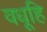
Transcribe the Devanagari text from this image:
वधूहि